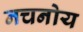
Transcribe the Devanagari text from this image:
नचनोय